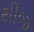
થીજ